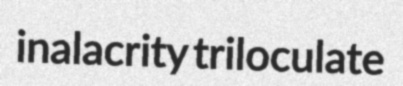
inalacrity triloculate